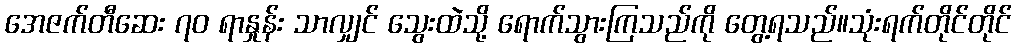
အေဇက်တီဆေး ၇၀ ရာနှုန်း သာလျှင် သွေးထဲသို့ ရောက်သွားကြသည်ကို တွေ့ရသည်။သုံးရက်တိုင်တိုင်